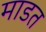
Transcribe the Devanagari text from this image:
माडत